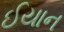
ઈયાન